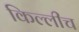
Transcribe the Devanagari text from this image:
किल्लीच